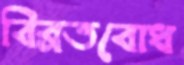
বিব্রতবোধ